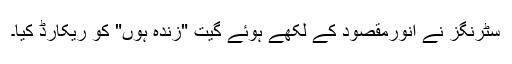
سٹرنگز نے انورمقصود کے لکھے ہوئے گیت "زندہ ہوں" کو ریکارڈ کیا۔